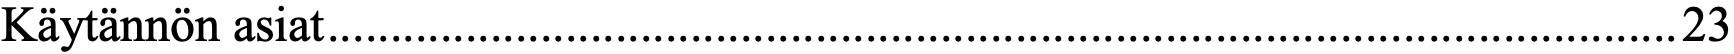
Käytännön asiat ............................................................................................................ 23